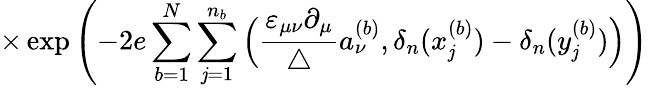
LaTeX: \times\exp\left(-2e\sum_{b=1}^{N}\sum_{\mathit{j}=1}^{n_{b}}\Big(\frac{{\varepsilon_{\mu\nu}\partial_{\mu}}}{{\triangle}}a_{\nu}^{(b)},\delta_{n}(x_{\mathit{j}}^{(b)})-\delta_{n}(y_{\mathit{j}}^{(b)})\Big)\right)